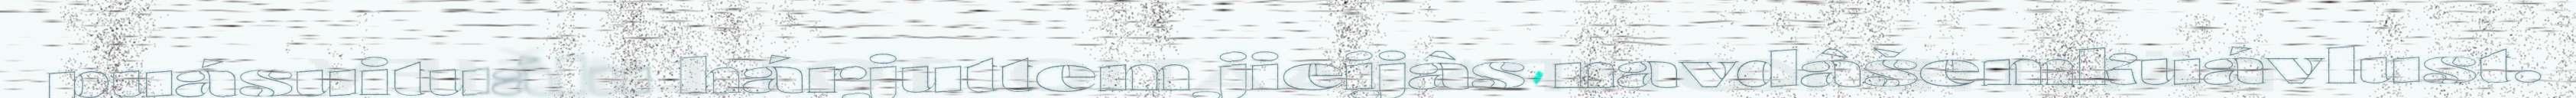
puásuituálu hárjuttem jieijâs navdâšemkuávlust.